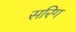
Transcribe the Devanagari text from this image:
सरिग